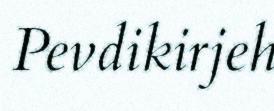
Pevdikirjeh